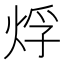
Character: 烰